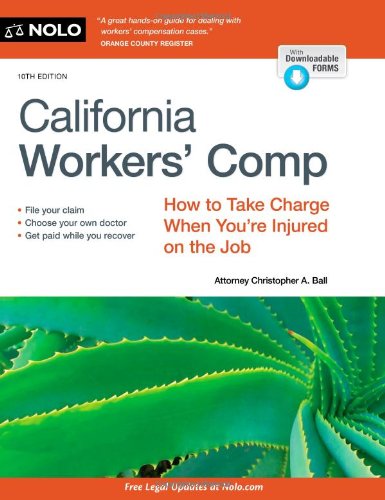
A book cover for California Workers' Comp: How to Take Charge When You're Injured on the Job; Christopher Ball; Law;